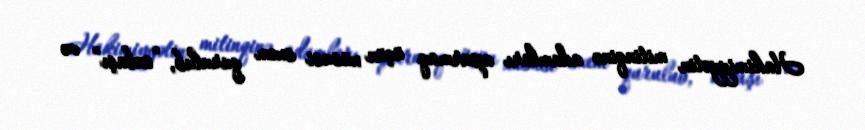
Hakimiyyətin mitinqinə adamları aparmaq üçün xüsusi sxem qurulub, “onbaşı” və